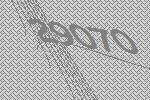
29070